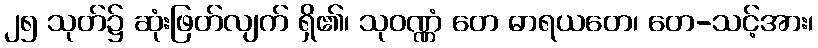
၂၅ သုတ်၌ ဆုံးဖြတ်လျက် ရှိ၏၊ သုဝဏ္ဏံ တေ ဓာရယတေ၊ တေ-သင့်အား၊